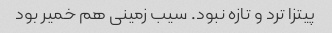
پیتزا ترد و تازه نبود. سیب زمینی هم خمیر بود